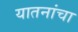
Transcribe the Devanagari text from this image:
यातनांचा